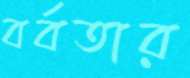
বর্বতার